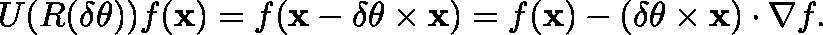
U ( R ( \delta \mathbf { \theta } ) ) f ( \mathbf { x } ) = f ( \mathbf { x } - \delta \mathbf { \theta } \times \mathbf { x } ) = f ( \mathbf { x } ) - ( \delta \mathbf { \theta } \times \mathbf { x } ) \cdot \nabla f .